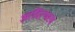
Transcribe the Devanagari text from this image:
आदित्यस्य